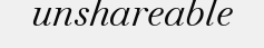
unshareable